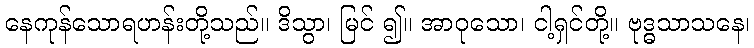
နေကုန်သောရဟန်းတို့သည်။ ဒိသွာ၊ မြင် ၍။ အာဝုသော၊ ငါ့ရှင်တို့။ ဗုဒ္ဓသာသနေ၊